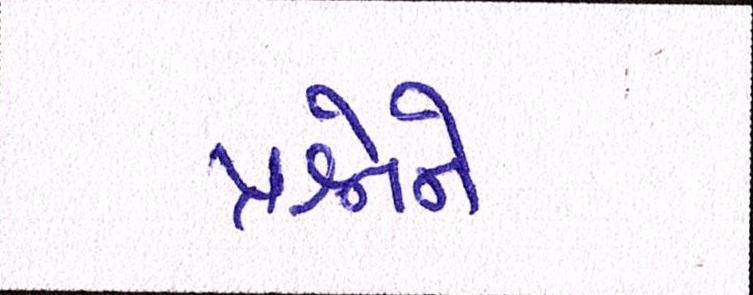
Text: પ્રશ્નોને